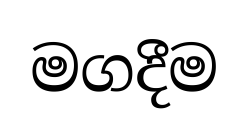
මගදීම